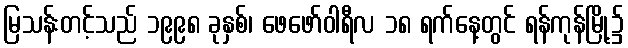
မြသန်းတင့်သည် ၁၉၉၈ ခုနှစ်၊ ဖေဖော်ဝါရီလ ၁၈ ရက်နေ့တွင် ရန်ကုန်မြို့၌